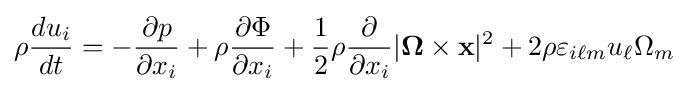
\rho {\frac {du_{i}}{dt}}=-{\frac {\partial p}{\partial x_{i}}}+\rho {\frac {\partial \Phi }{\partial x_{i}}}+{\frac {1}{2}}\rho {\frac {\partial }{\partial x_{i}}}|\mathbf {\Omega } \times \mathbf {x} |^{2}+2\rho \varepsilon _{i\ell m}u_{\ell }\Omega _{m}